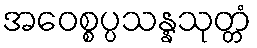
အဝေစ္စပ္ပသန္နသုတ္တံ